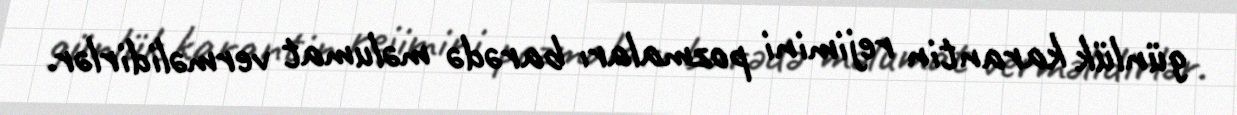
günlük karantin rejimini pozmaları barədə məlumat verməlidirlər.